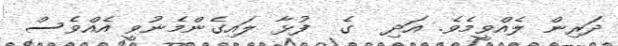
ދަރިން ލެއްވީމެވެ. އަދި  ގެ  ފުޅާ ލައިގެންމެނުވީ އެއްވެސް